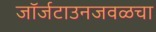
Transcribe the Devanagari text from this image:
जॉर्जटाउनजवळचा